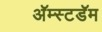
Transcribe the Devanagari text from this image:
अॅम्स्टडॅम